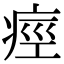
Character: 痙